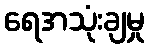
ရေအသုံးချမှု